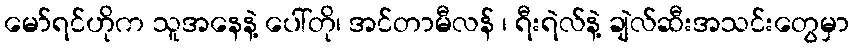
မော်ရင်ဟိုက သူအနေနဲ့ ပေါ်တို၊ အင်တာမီလန် ၊ ရီးရဲလ်နဲ့ ချဲလ်ဆီးအသင်းတွေမှာ